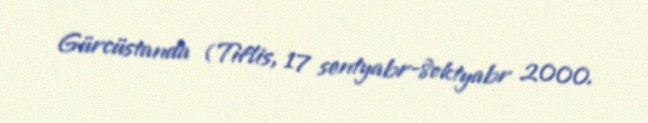
Gürcüstanda (Tiflis, 17 sentyabr-8oktyabr 2000.